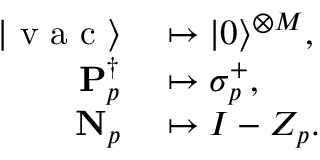
\begin{array} { r l } { | \mathrm { ~ v ~ a ~ c ~ } \rangle } & { { } \mapsto | { 0 } \rangle ^ { \otimes M } , } \\ { \mathbf { P } _ { p } ^ { \dagger } } & { { } \mapsto \sigma _ { p } ^ { + } , } \\ { \mathbf { N } _ { p } } & { { } \mapsto I - { Z } _ { p } . } \end{array}